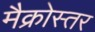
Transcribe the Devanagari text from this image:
मैक्रोस्तर